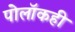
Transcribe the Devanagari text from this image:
पोलॉकही